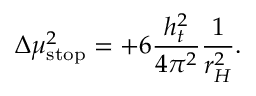
\Delta \mu _ { \mathrm { s t o p } } ^ { 2 } = + 6 \frac { h _ { t } ^ { 2 } } { 4 \pi ^ { 2 } } \frac { 1 } { r _ { H } ^ { 2 } } .